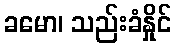
ခမော၊ သည်းခံနှိုင်